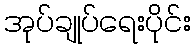
အုပ်ချုပ်ရေးပိုင်း